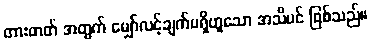
တားတတ် အတွက် မျှော်လင့်ချက်မရှိဟူသော အသိပင် ဖြစ်သည်။